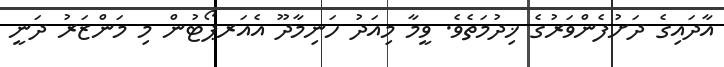
އާދައިގެ ދަށުފެންވަރުގެ ޚިދުމަތެވެ. ވީމާ މިއަދު ހަނިމާދޫ އެއަރޕޯޓުން މި މަންޒަރު ދަނީ